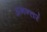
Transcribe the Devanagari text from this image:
अनन्तरं